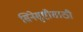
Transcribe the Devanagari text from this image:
सिनेसृष्टीसाठी